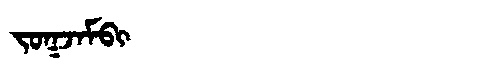
Manchu: ᠵᠣᡴᠵᠠᠮᠪᡳ
Romanization: JOKJAMBI